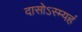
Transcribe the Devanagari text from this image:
दासोऽस्म्यहं